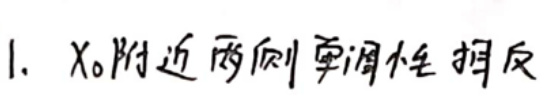
1. $x_0$附近两侧单调性相反